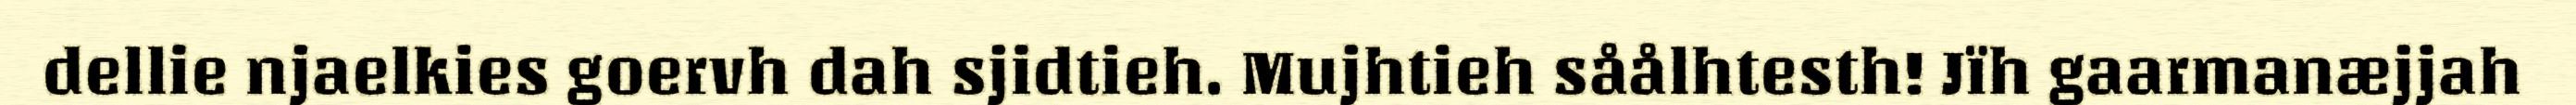
dellie njaelkies goervh dah sjidtieh. Mujhtieh såålhtesth! Jïh gaarmanæjjah